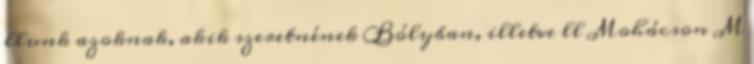
llunk azoknak, akik szeretnének Bólyban, illetve ll Mohácson M